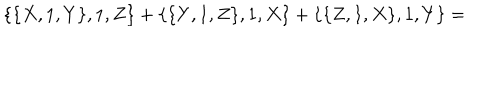
\{ \{ X , 1 , Y \} , 1 , Z \} + \{ \{ Y , 1 , Z \} , 1 , X \} + \{ \{ Z , 1 , X \} , 1 , Y \} =